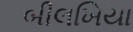
બીલખિયા